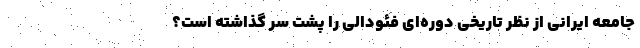
جامعه ایرانی از نظر تاریخی دوره‌ای فئودالی را پشت ‌سر گذاشته است؟